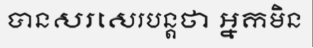
បានសរសេរបន្តថា អ្នកមិន